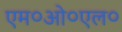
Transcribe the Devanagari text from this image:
एम०ओ०एल०